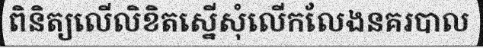
ពិនិត្យលើលិខិតស្នើសុំលើកលែងនគរបាល